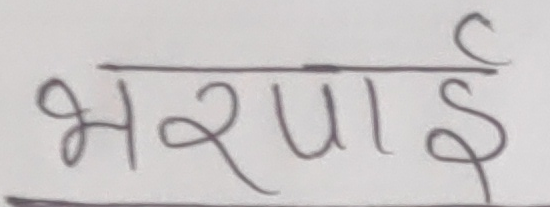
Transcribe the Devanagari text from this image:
भराई